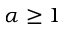
\alpha \ge 1